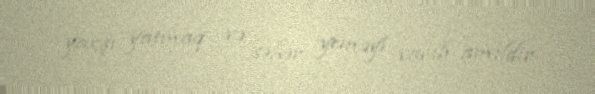
yaxşı yatmaq və səhər yeməyi vacib amildir.